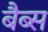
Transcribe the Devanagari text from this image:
बैब्स